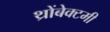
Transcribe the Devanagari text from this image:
थ्रोंबेक्टमी